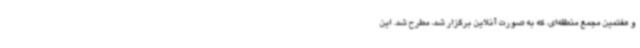
و هفتمین مجمع منطقه‌ای، که به صورت آنلاین برگزار شد، مطرح شد. این